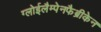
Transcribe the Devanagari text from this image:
ग्लोईलैम्पेनफैब्रीकेन